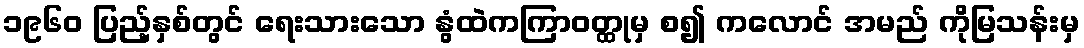
၁၉၆၀ ပြည့်နှစ်တွင် ရေးသားသော နွံထဲကကြာဝတ္ထုမှ စ၍ ကလောင် အမည် ကိုမြသန်းမှ